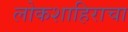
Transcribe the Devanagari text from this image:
लोकशाहिराचा